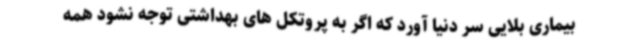
بیماری بلایی سر دنیا آورد که اگر به پروتکل های بهداشتی توجه نشود همه